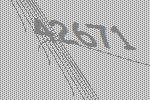
42671